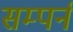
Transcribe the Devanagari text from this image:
सम्पर्न